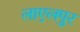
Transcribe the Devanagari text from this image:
लाएलपुर